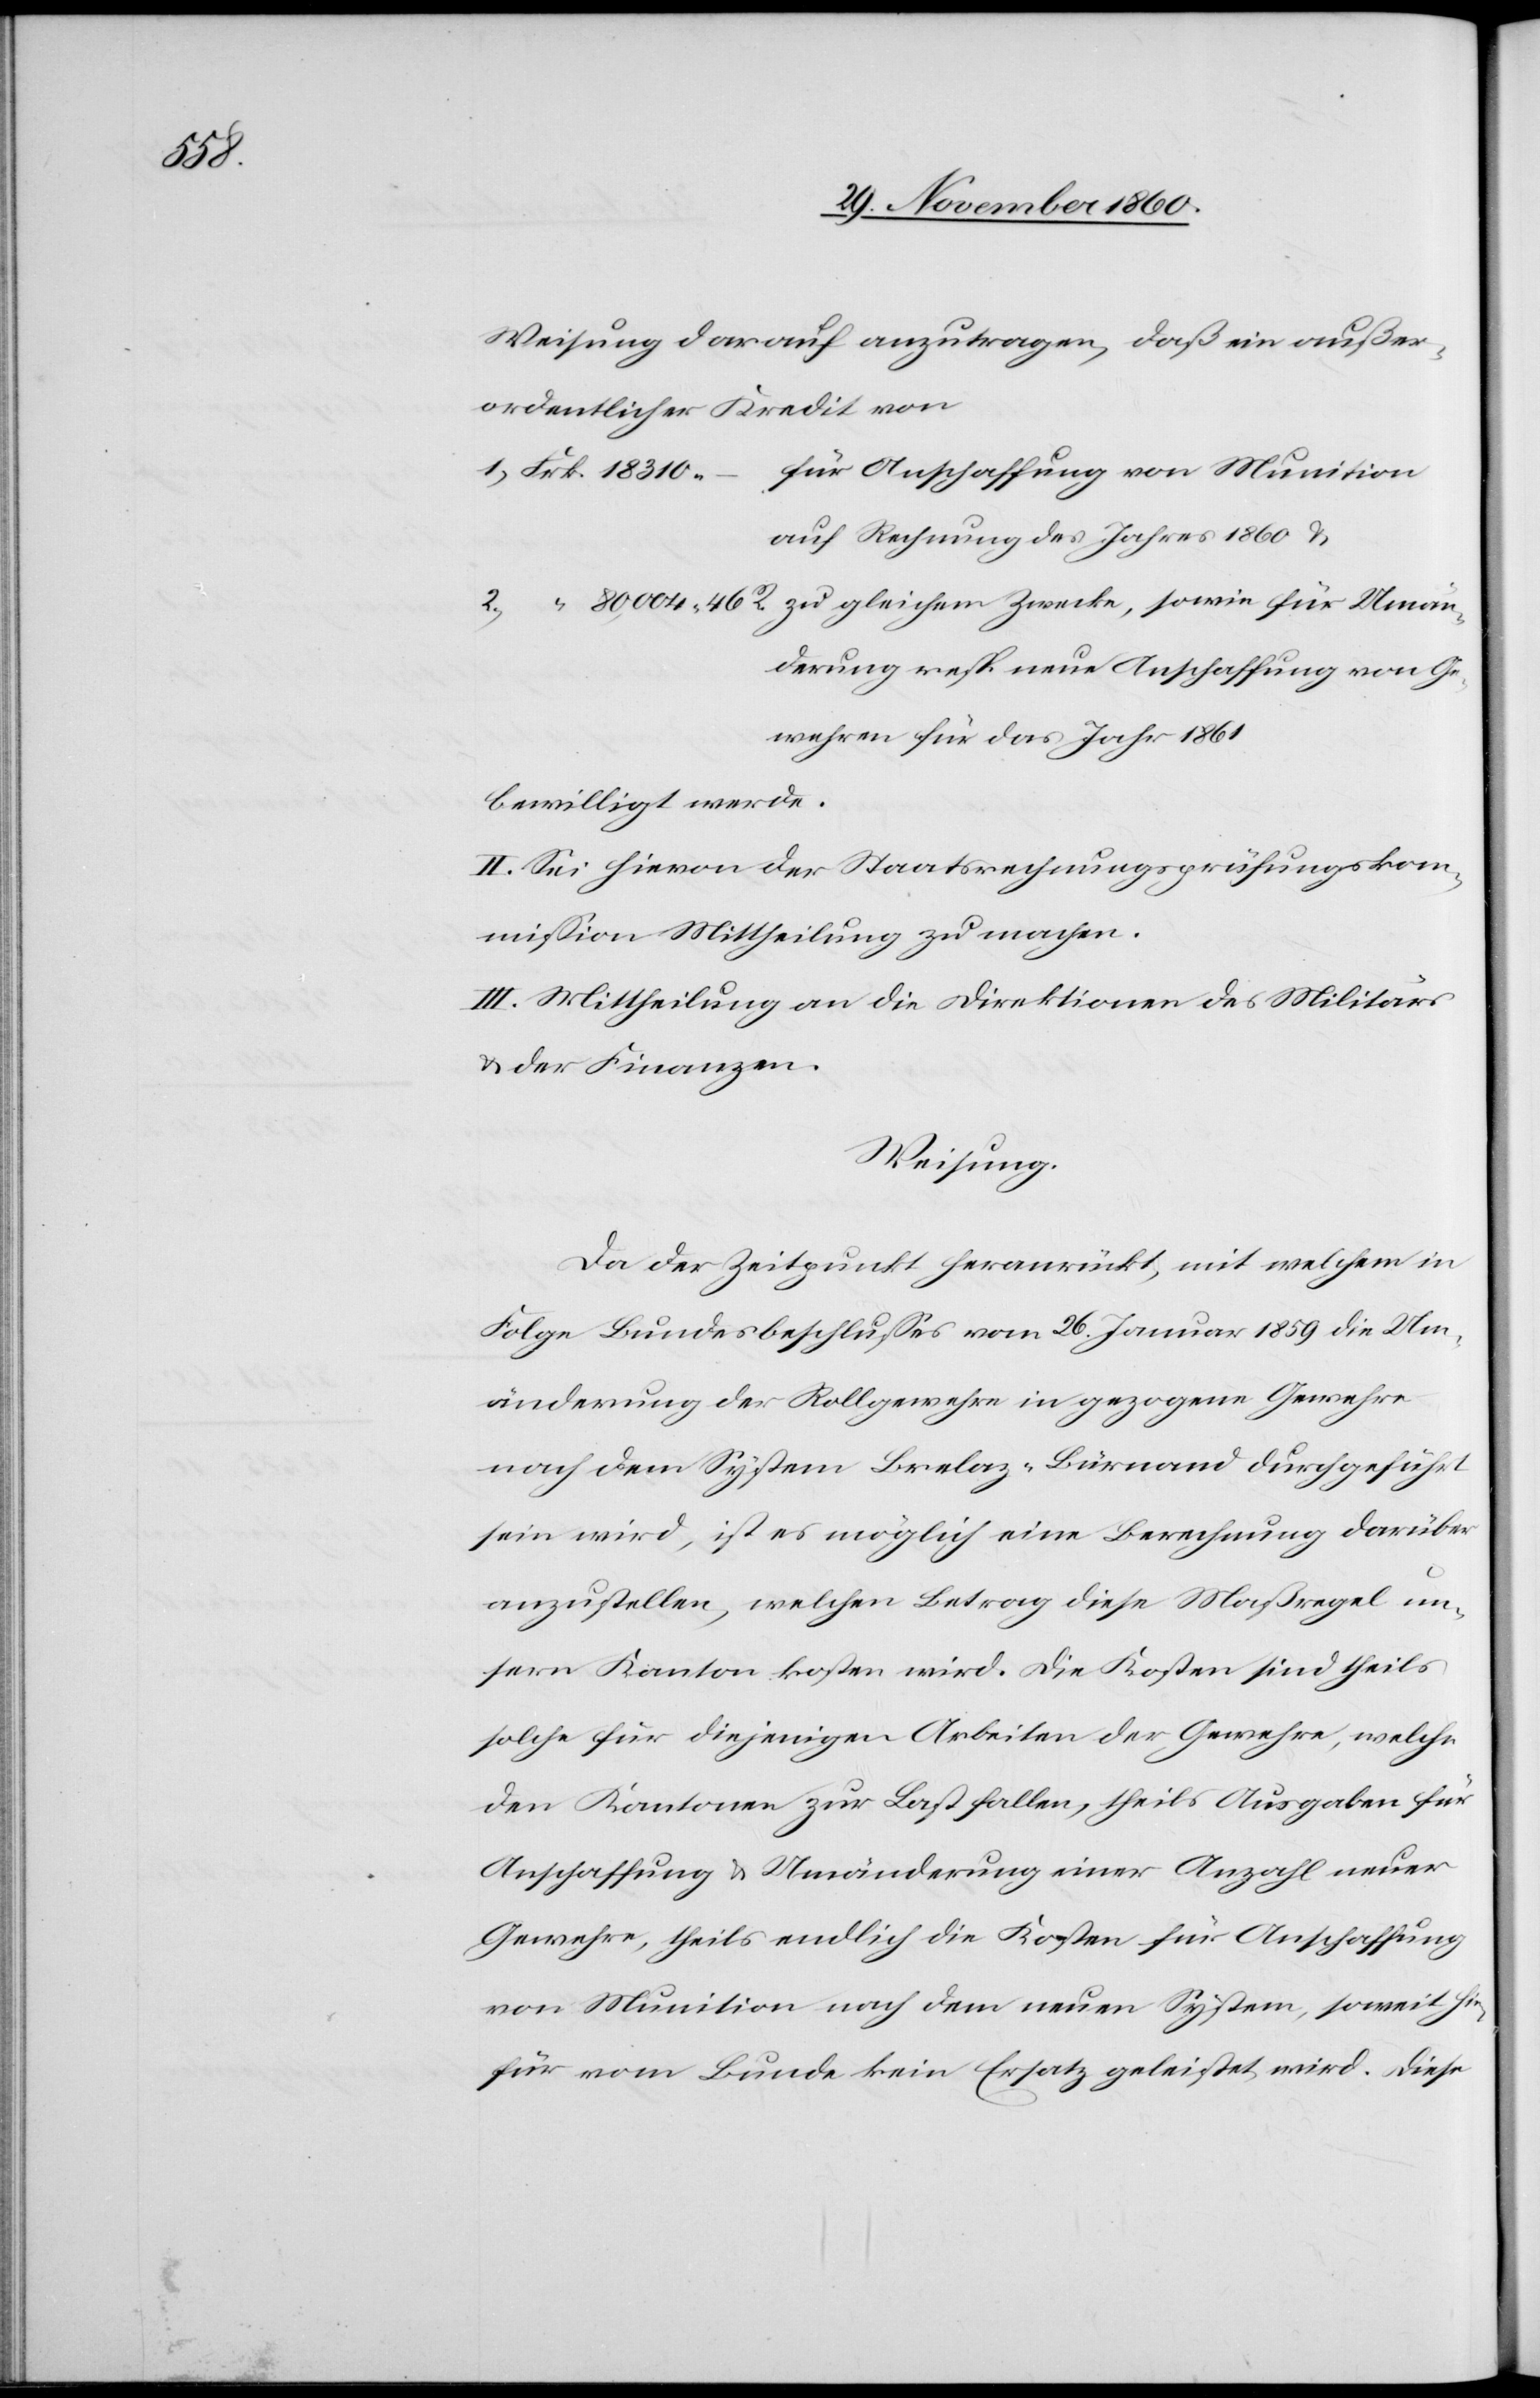
Umän¬

Weisung darauf anzutragen, daß ein außer¬
ordentlicher Kredit von
für Anschaffung von Munition
auf Rechnung des Jahres 1860 u.
derung resp. neue Anschaffung von Ge¬
wehren für das Jahr 1861
bewilligt werde.
II. Sei hievon der Staatsrechnungsprüfungskom¬
mission Mittheilung zu machen.
III. Mittheilung an die Direktionen des Militärs
u. der Finanzen.
Weisung.
Da der Zeitpunkt heranrückt, mit welchem in
Folge Bundesbeschlusses vom 26. Januar 1859 die Um¬
änderung der Rollgewehre in gezogene Gewehre
nach dem System Brelaz-Bürnand [sic!] durchgeführt
sein wird, ist es möglich eine Berechnung darüber
anzustellen, welchen Betrag diese Maßregel un¬
sern Kanton kosten wird. Die Kosten sind theils
solche für diejenigen Arbeiten der Gewehre, welche
den Kantonen zur Last fallen, theils Ausgaben für
Anschaffung u. Umänderung einer Anzahl neuer
Gewehre, theils endlich die Kosten für die Anschaffung
von Munition nach dem neuen System, soweit hie¬
für vom Bunde kein Ersatz geleistet wird. Diese